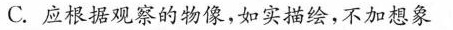
C.应根据观察的物像，如实描绘，不加想象